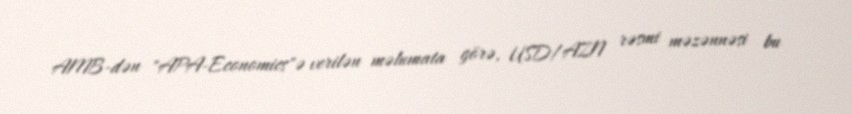
AMB-dən "APA-Economics"ə verilən məlumata görə, USD/AZN rəsmi məzənnəsi bu